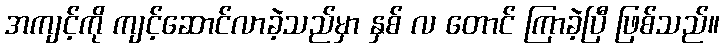
အကျင့်ကို ကျင့်ဆောင်လာခဲ့သည်မှာ နှစ် လ တောင် ကြာခဲ့ပြီ ဖြစ်သည်။